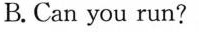
B.Can you run?